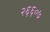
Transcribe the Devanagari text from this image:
२६६०७